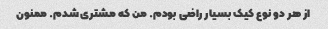
از هر دو نوع کیک بسیار راضی بودم. من که مشتری شدم. ممنون